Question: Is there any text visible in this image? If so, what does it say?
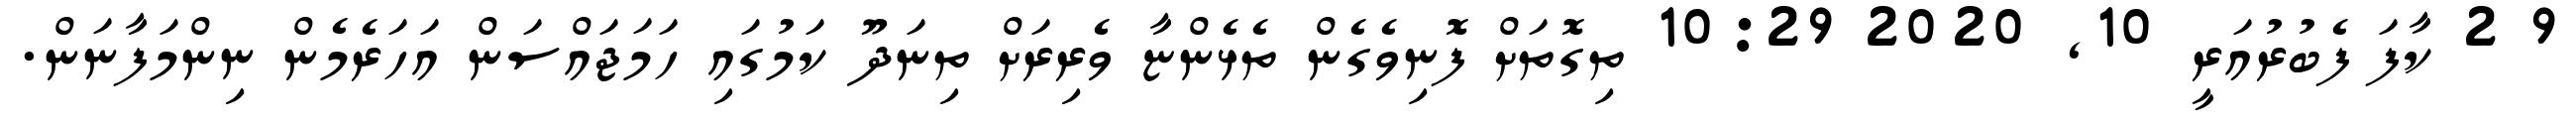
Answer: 9 2 ކާފަ ފެބުރުއަރީ 10, 2020 10:29 ތިގޮތަށް ފޮނިވެގެން ތެޅެންޏާ ވެރިރަށް ތިނަދޫ ކަމުގައި ހަމަޖައްސަން އަހަރެމެން ނިންމަފާނަން.